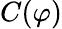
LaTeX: C(\varphi)